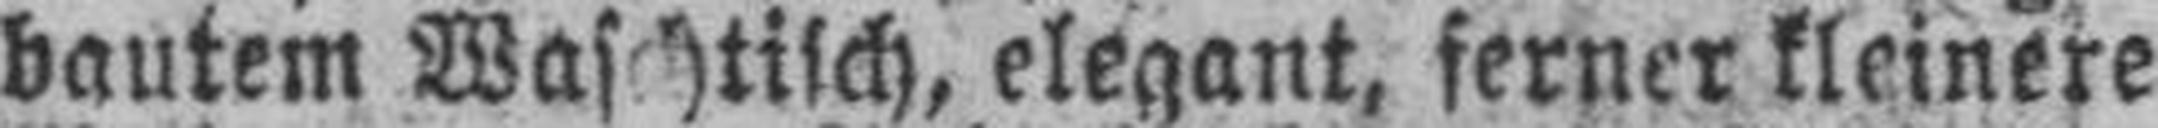
bautem Waschtisch, elegant, ferner kleinere